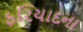
ફરિયાદના